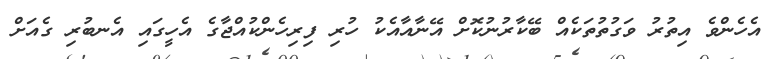
އެހެންވެ އިތުރު ވަގުތުތަކެއް ބޭކާރުނުކޮށް އޭނާއާއެކު ހުރި ފިރިހެންކުއްޖާގެ އެހީގައި އެނބުރި ގެއަށް